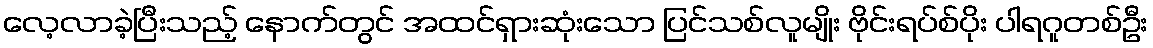
လေ့လာခဲ့ပြီးသည့် နောက်တွင် အထင်ရှားဆုံးသော ပြင်သစ်လူမျိုး ဗိုင်းရပ်စ်ပိုး ပါရဂူတစ်ဦး